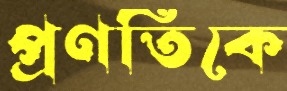
প্রণতিকে